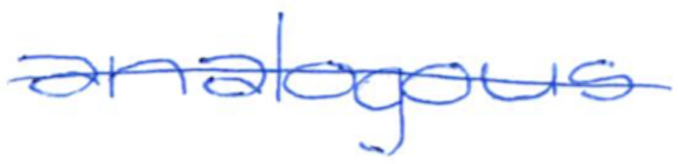
Text: analogous
Cross-out: single-line
Writing tool: ballpoint